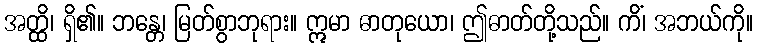
အတ္ထိ၊ ရှိ၏။ ဘန္တေ၊ မြတ်စွာဘုရား။ ဣမာ ဓာတုယော၊ ဤဓာတ်တို့သည်။ ကိံ၊ အဘယ်ကို။